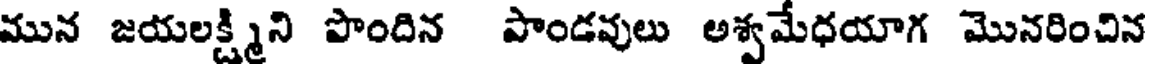
మున జయలక్ష్మిని పొందిన పాండవులు అశ్వమేధయాగ మొనరించిన